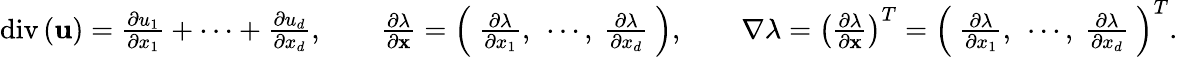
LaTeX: \begin{array}{r}{\mathrm{div}\left(\mathbf{u}\right)=\frac{\partial u_{1}}{\partial x_{1}}+\cdots+\frac{\partial u_{d}}{\partial x_{d}},\qquad\frac{\partial\lambda}{\partial\mathbf{x}}=\left(\ \frac{\partial\lambda}{\partial x_{1}},\ \cdots,\ \frac{\partial\lambda}{\partial x_{d}}\ \right),\qquad\nabla\lambda=\left(\frac{\partial\lambda}{\partial\mathbf{x}}\right)^{T}=\left(\ \frac{\partial\lambda}{\partial x_{1}},\ \cdots,\ \frac{\partial\lambda}{\partial x_{d}}\ \right)^{T}.}\end{array}